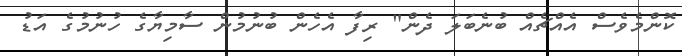
ކޮންމެވެސް އެއްޗެއް ބުނެބަލަ ދެން" ރިފާ އެހެން ބުނުމުން ސާމިޔާގެ ހުނުމުގެ އަޑު